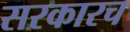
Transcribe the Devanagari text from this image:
सरकारच